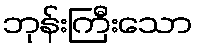
ဘုန်းကြီးသော